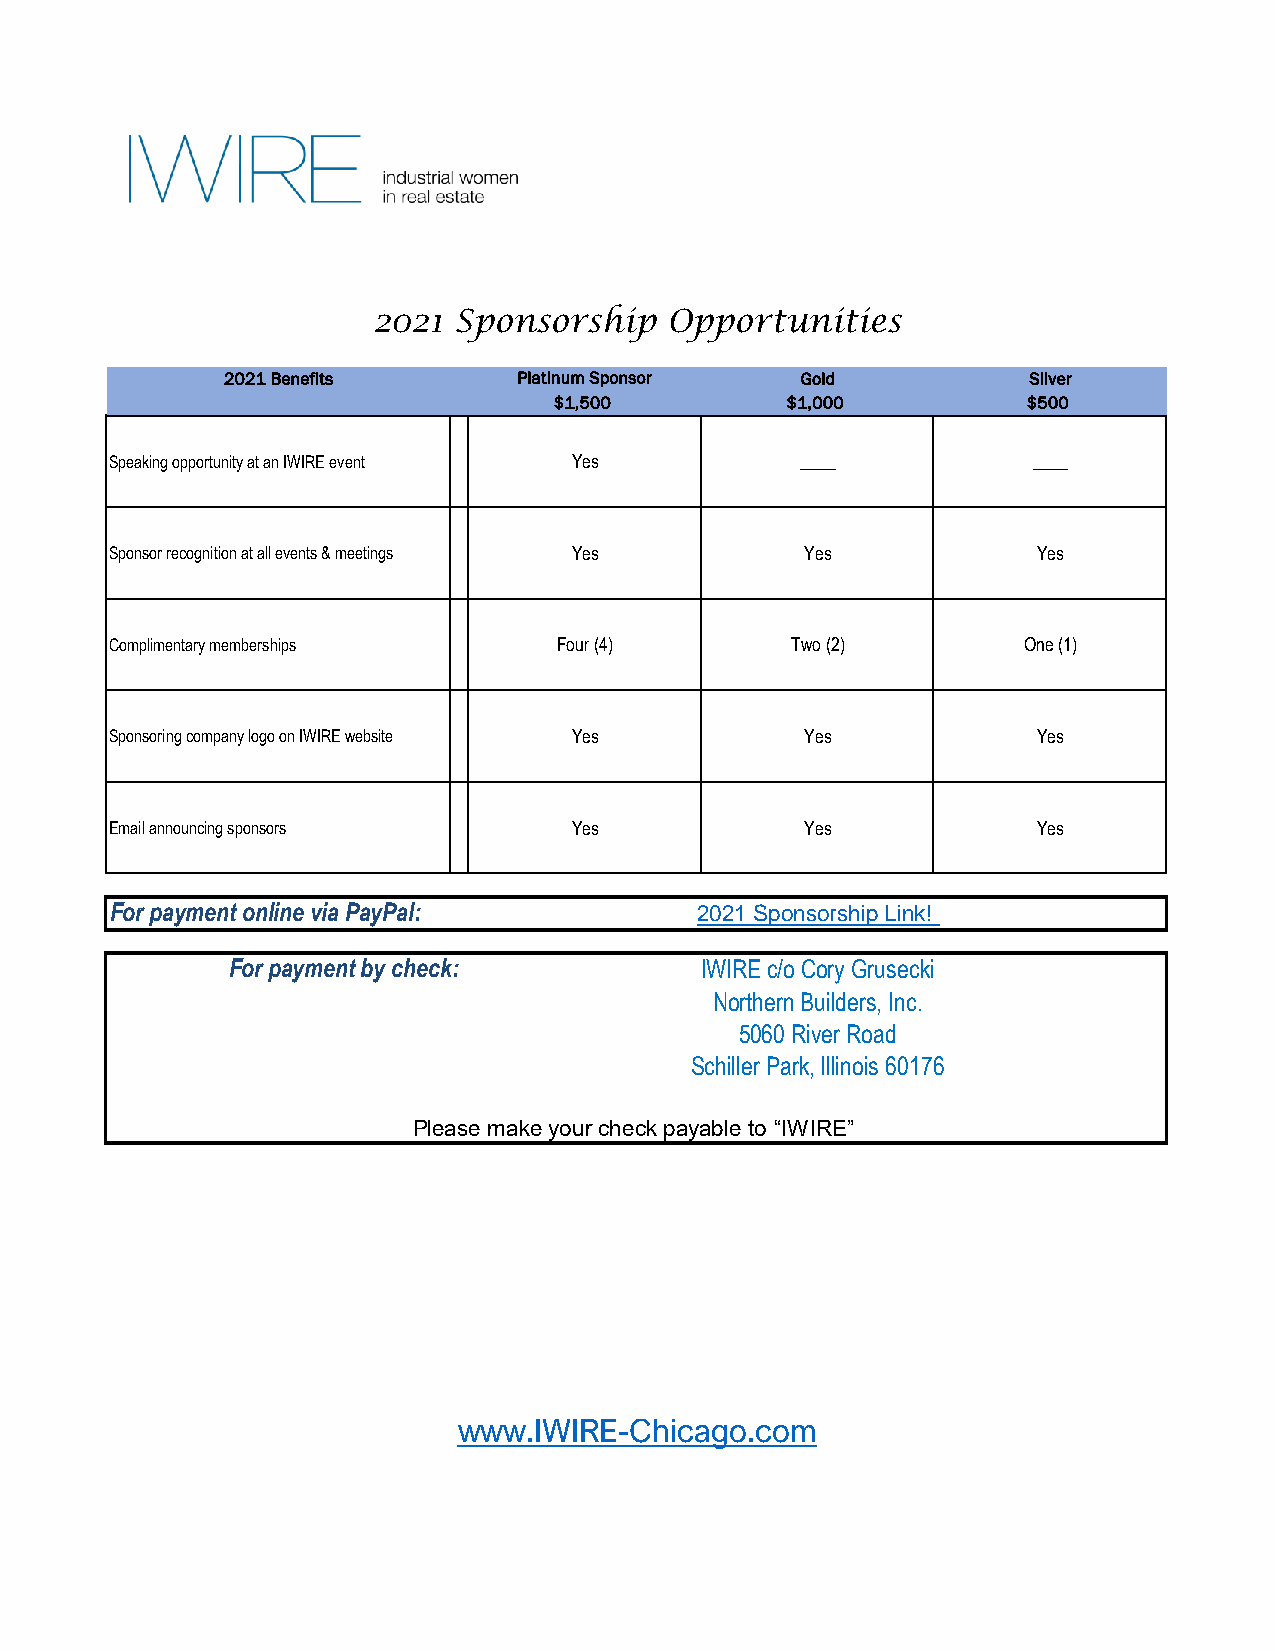
2021 Sponsorship   Opportunities
 2021 Benefits      Platinum Sponsor   Gold           Silver
 $1,500         $1,000          $500
 Speaking opportunity at an IWIRE event Yes    ____           ____
 Sponsor recognition at all events & meetings Yes Yes          Yes
 Complimentary memberships     Four (4)       Two (2)         One (1)
 Sponsoring company logo on IWIRE website Yes  Yes             Yes
 Email announcing sponsors      Yes            Yes             Yes
 For payment online via PayPal:         2021 Sponsorship Link!
 For payment by check:          IWIRE c/o Cory Grusecki
 Northern Builders, Inc.
 5060 River Road
 Schiller Park, Illinois 60176
 Please make your check payable to “IWIRE”
 www.IWIRE-Chicago.com